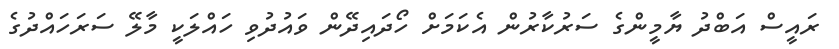
ރައީސް އަބްދު ޔާމީންގެ ސަރުކާރުން އެކަމަށް ހޯދައިދޭން ވައުދުވި ހައްލަކީ މާލޭ ސަރަހައްދުގެ